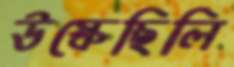
উস্‌কেছিলি